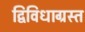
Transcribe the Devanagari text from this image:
द्विविधाग्रस्त